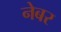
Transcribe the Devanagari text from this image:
नेबर